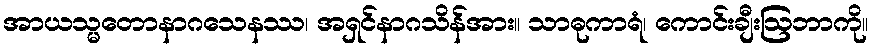
အာယသ္မတောနာဂသေနဿ၊ အရှင်နာဂသိန်အား။ သာဓုကာရံ၊ ကောင်းချီးဩဘာကို။